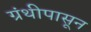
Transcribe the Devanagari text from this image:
ग्रंथीपासून